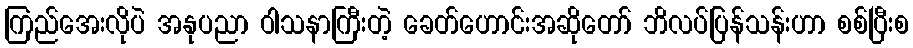
ကြည်အေးလိုပဲ အနုပညာ ဝါသနာကြီးတဲ့ ခေတ်ဟောင်းအဆိုတော် ဘိလပ်ပြန်သန်းဟာ စစ်ပြီးစ